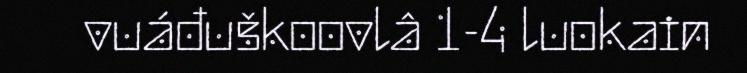
vuáđuškoovlâ 1-4 luokain